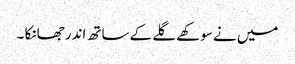
میں نے سوکھے گلے کے ساتھ اندر جھانکا ۔